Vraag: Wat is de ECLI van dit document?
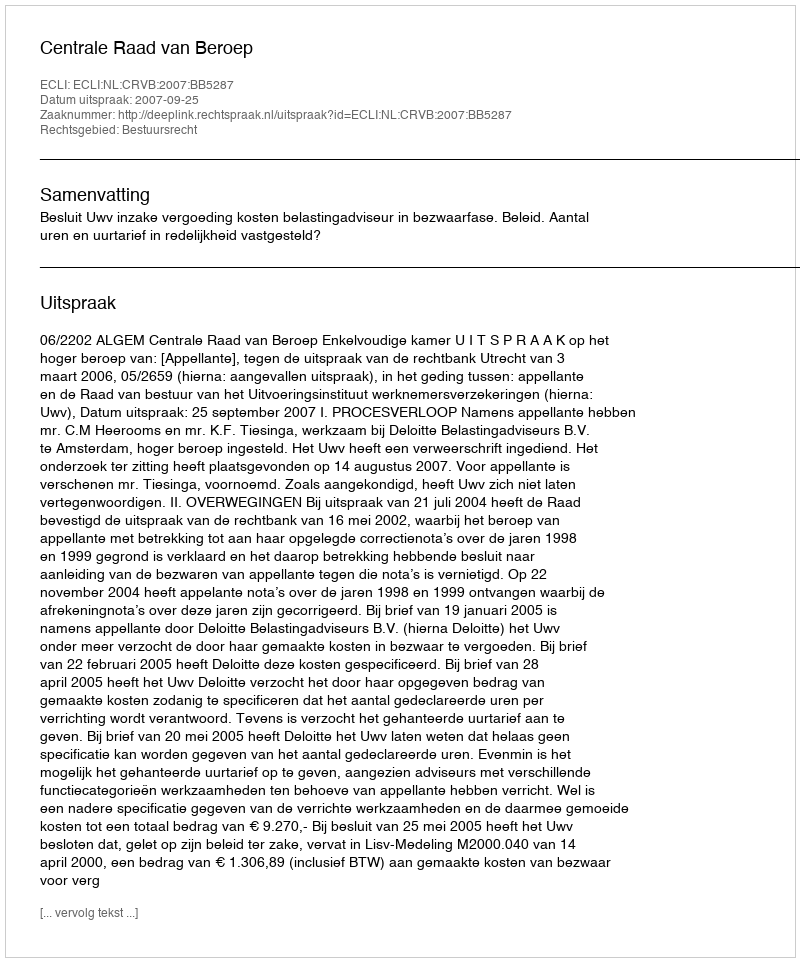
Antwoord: ECLI:NL:CRVB:2007:BB5287